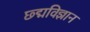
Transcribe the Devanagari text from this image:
छ्द्मविज्ञान